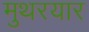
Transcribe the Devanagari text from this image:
मुथरयार